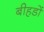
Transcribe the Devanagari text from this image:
बीहडों